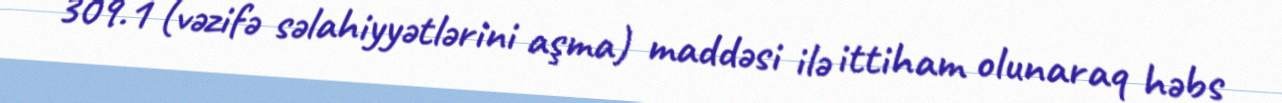
309.1 (vəzifə səlahiyyətlərini aşma) maddəsi ilə ittiham olunaraq həbs